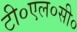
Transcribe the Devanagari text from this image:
टी०एल०सी०